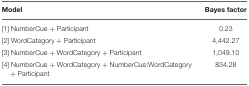
<table><thead><tr><td><b>Model</b></td><td><b>Bayes factor</b></td></tr></thead><tbody><tr><td>[1] NumberCue + Participant</td><td>0.23</td></tr><tr><td>[2] WordCategory + Participant</td><td>4,442.27</td></tr><tr><td>[3] NumberCue + WordCategory + Participant</td><td>1,049.10</td></tr><tr><td>[4] NumberCue + WordCategory + NumberCue:WordCategory + Participant</td><td>834.28</td></tr></tbody></table>